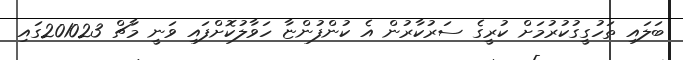
ބަލައި ތަހުގީގުކުރުމަށް ކުރީގެ ސަރުކާރުން އެ ކުންފުންޏާ ހަވާލުކޮށްފައި ވަނީ މާޗް 201023ގައި